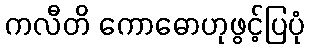
ကလီတိ ကောဓောဟုဖွင့်ပြပုံ